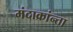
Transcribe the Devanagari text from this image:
मंदाक्रांन्ता